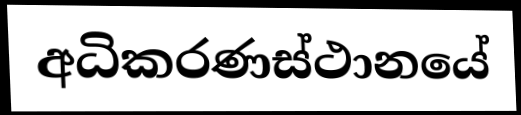
අධිකරණස්ථානයේ